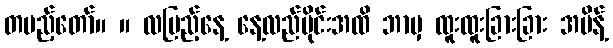
တပည့်တော်။ ။ လပြည့်နေ့ နေ့လည်ပိုင်းအထိ ဘာမှ ထူးထူးခြားခြား အမိန့်